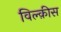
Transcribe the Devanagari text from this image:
विल्क़ीस